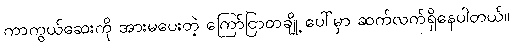
ကာကွယ်ဆေးကို အားမပေးတဲ့ ကြော်ငြာတချို့ ပေါ်မှာ ဆက်လက်ရှိနေပါတယ်။